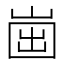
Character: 𡹏